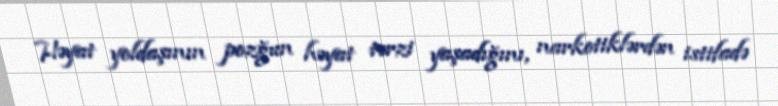
Həyat yoldaşının pozğun həyat tərzi yaşadığını, narkotiklərdən istifadə